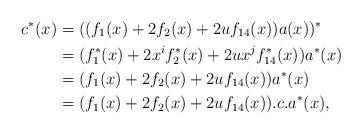
LaTeX: \begin{align*}c^*(x) & =((f_1(x)+2f_2(x)+2uf_{14}(x))a(x))^* \\ &=(f_1^*(x)+2x^if_2^*(x)+2ux^jf_{14}^*(x))a^*(x) \\ & = (f_1(x)+2f_2(x)+2uf_{14}(x))a^*(x) \\ & = (f_1(x)+2f_2(x)+2uf_{14}(x)).c.a^*(x), \end{align*}